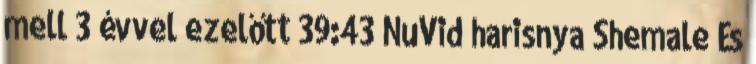
mell 3 évvel ezelőtt 39:43 NuVid harisnya Shemale És